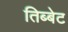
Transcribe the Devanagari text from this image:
तिब्बेट